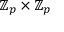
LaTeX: \mathbb { Z } _ { p } \times \mathbb { Z } _ { p }